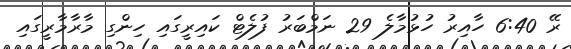
ރޭ 6:40 ހާއިރު ހުޅުމާލެ 29 ނަމްބަރު ފުލެޓް ކައިރީގައި ހިންގި މާރާމާރީގައި